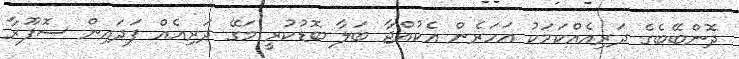
ދޮންބޭބެގެ ދަރިއެއްކަމަކު އަހަރެން އެކުއްޖާ ބަލާ ބޮޑުކުރީ މަގޭ ދަރިއެއް ފަދައިން ސޮފޫރާ